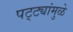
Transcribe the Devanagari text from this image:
पट्ट्यांमुळे